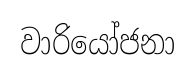
වාරියෝජනා